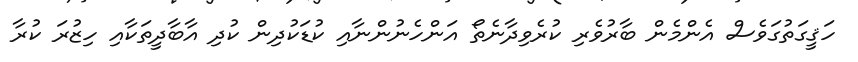
ހަޤީގަތުގަވެސް އެންމެން ބާރުވެރި ކުރެވިދާނެތޯ އަންހެނުންނާއި ކުޑަކުދިން ކުދި އާބާދީތަކާއި ހިޒުރަ ކުރާ